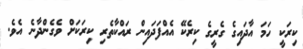
ކިރަކީ ހަމަ އާދައިގެ ގެރީގެ ކިރެކޭ އެއްފަދައިން ރައްކާތެރި ކިރަކަށް ވެގެންދާނެ އެވެ.